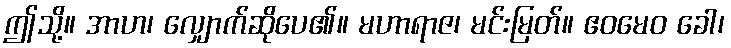
ဤသို့။ အာဟ၊ လျှောက်ဆိုပေ၏။ မဟာရာဇ၊ မင်းမြတ်။ ဧဝမေဝ ခေါ၊